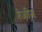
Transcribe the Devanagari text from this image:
रेजीन